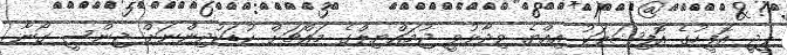
ޕީޖީ އޮފީހުގެ އޮފިޝަލަކު އިއްޔެ ވިދާޅުވީ ޖުމައްޔިލްގެ މައްޗަށް ކުޑަކުދިންނަށް ޖިންސީ ގޯނާ